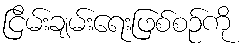
ငြိမ်းချမ်းရေးဖြစ်စဉ်ကို